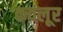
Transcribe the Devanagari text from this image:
कवलूर